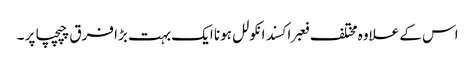
اس کے علاوہ مختلف فعبراکسند انکولل ہونا ایک بہت بڑا فرق چپچپا پر ۔